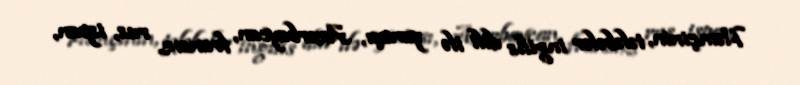
Həmçinin, tələbələr ingilis dili ilə yanaşı, Azərbaycan, fransız, rus, ispan,